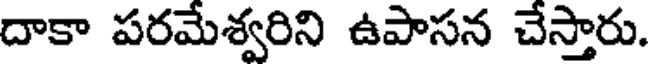
దాకా పరమేశ్వరిని ఉపాసన చేస్తారు.